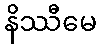
နိဿီမေ